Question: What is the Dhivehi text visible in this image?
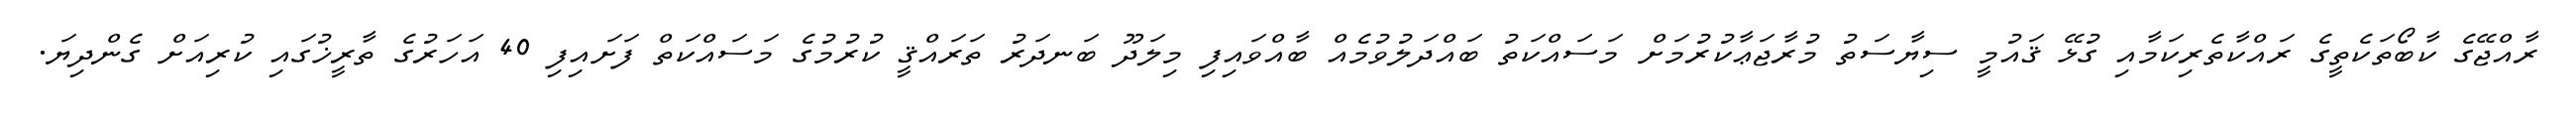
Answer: ރާއްޖޭގެ ކާބޯތަކެތީގެ ރައްކާތެރިކަމާއި ގުޅޭ ޤައުމީ ސިޔާސަތު މުރާޖަޢާކުރުމަށް މަސައްކަތު ބައްދަލުވުމެއް ބާއްވައިފި މިލަދޫ ބަނދަރު ތަރައްޤީ ކުރުމުގެ މަސައްކަތް ފަށައިފި 40 އަހަރުގެ ތާރީޚުގައި ކުރިއަށް ގެންދިޔަ.